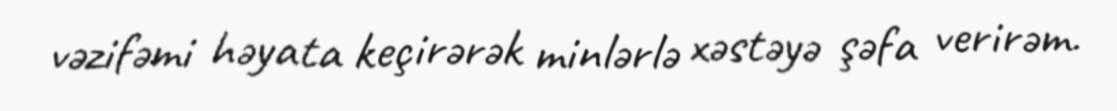
vəzifəmi həyata keçirərək minlərlə xəstəyə şəfa verirəm.